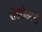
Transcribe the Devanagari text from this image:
रोडरोलरची